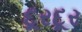
દૂરદૂર